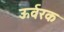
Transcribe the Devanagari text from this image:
ऊर्वरक